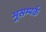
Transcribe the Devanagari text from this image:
भूसम्पर्क